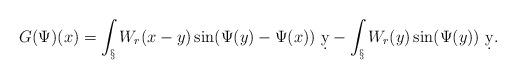
LaTeX: \begin{align*}G(\Psi)(x) = \int_\S W_r(x-y) \sin(\Psi(y)-\Psi(x))\ \d y - \int_\S W_r(y) \sin(\Psi(y))\ \d y.\end{align*}